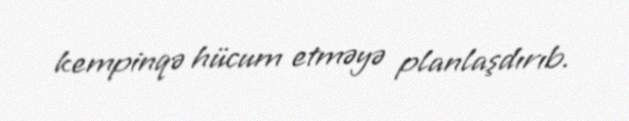
kempinqə hücum etməyə planlaşdırıb.